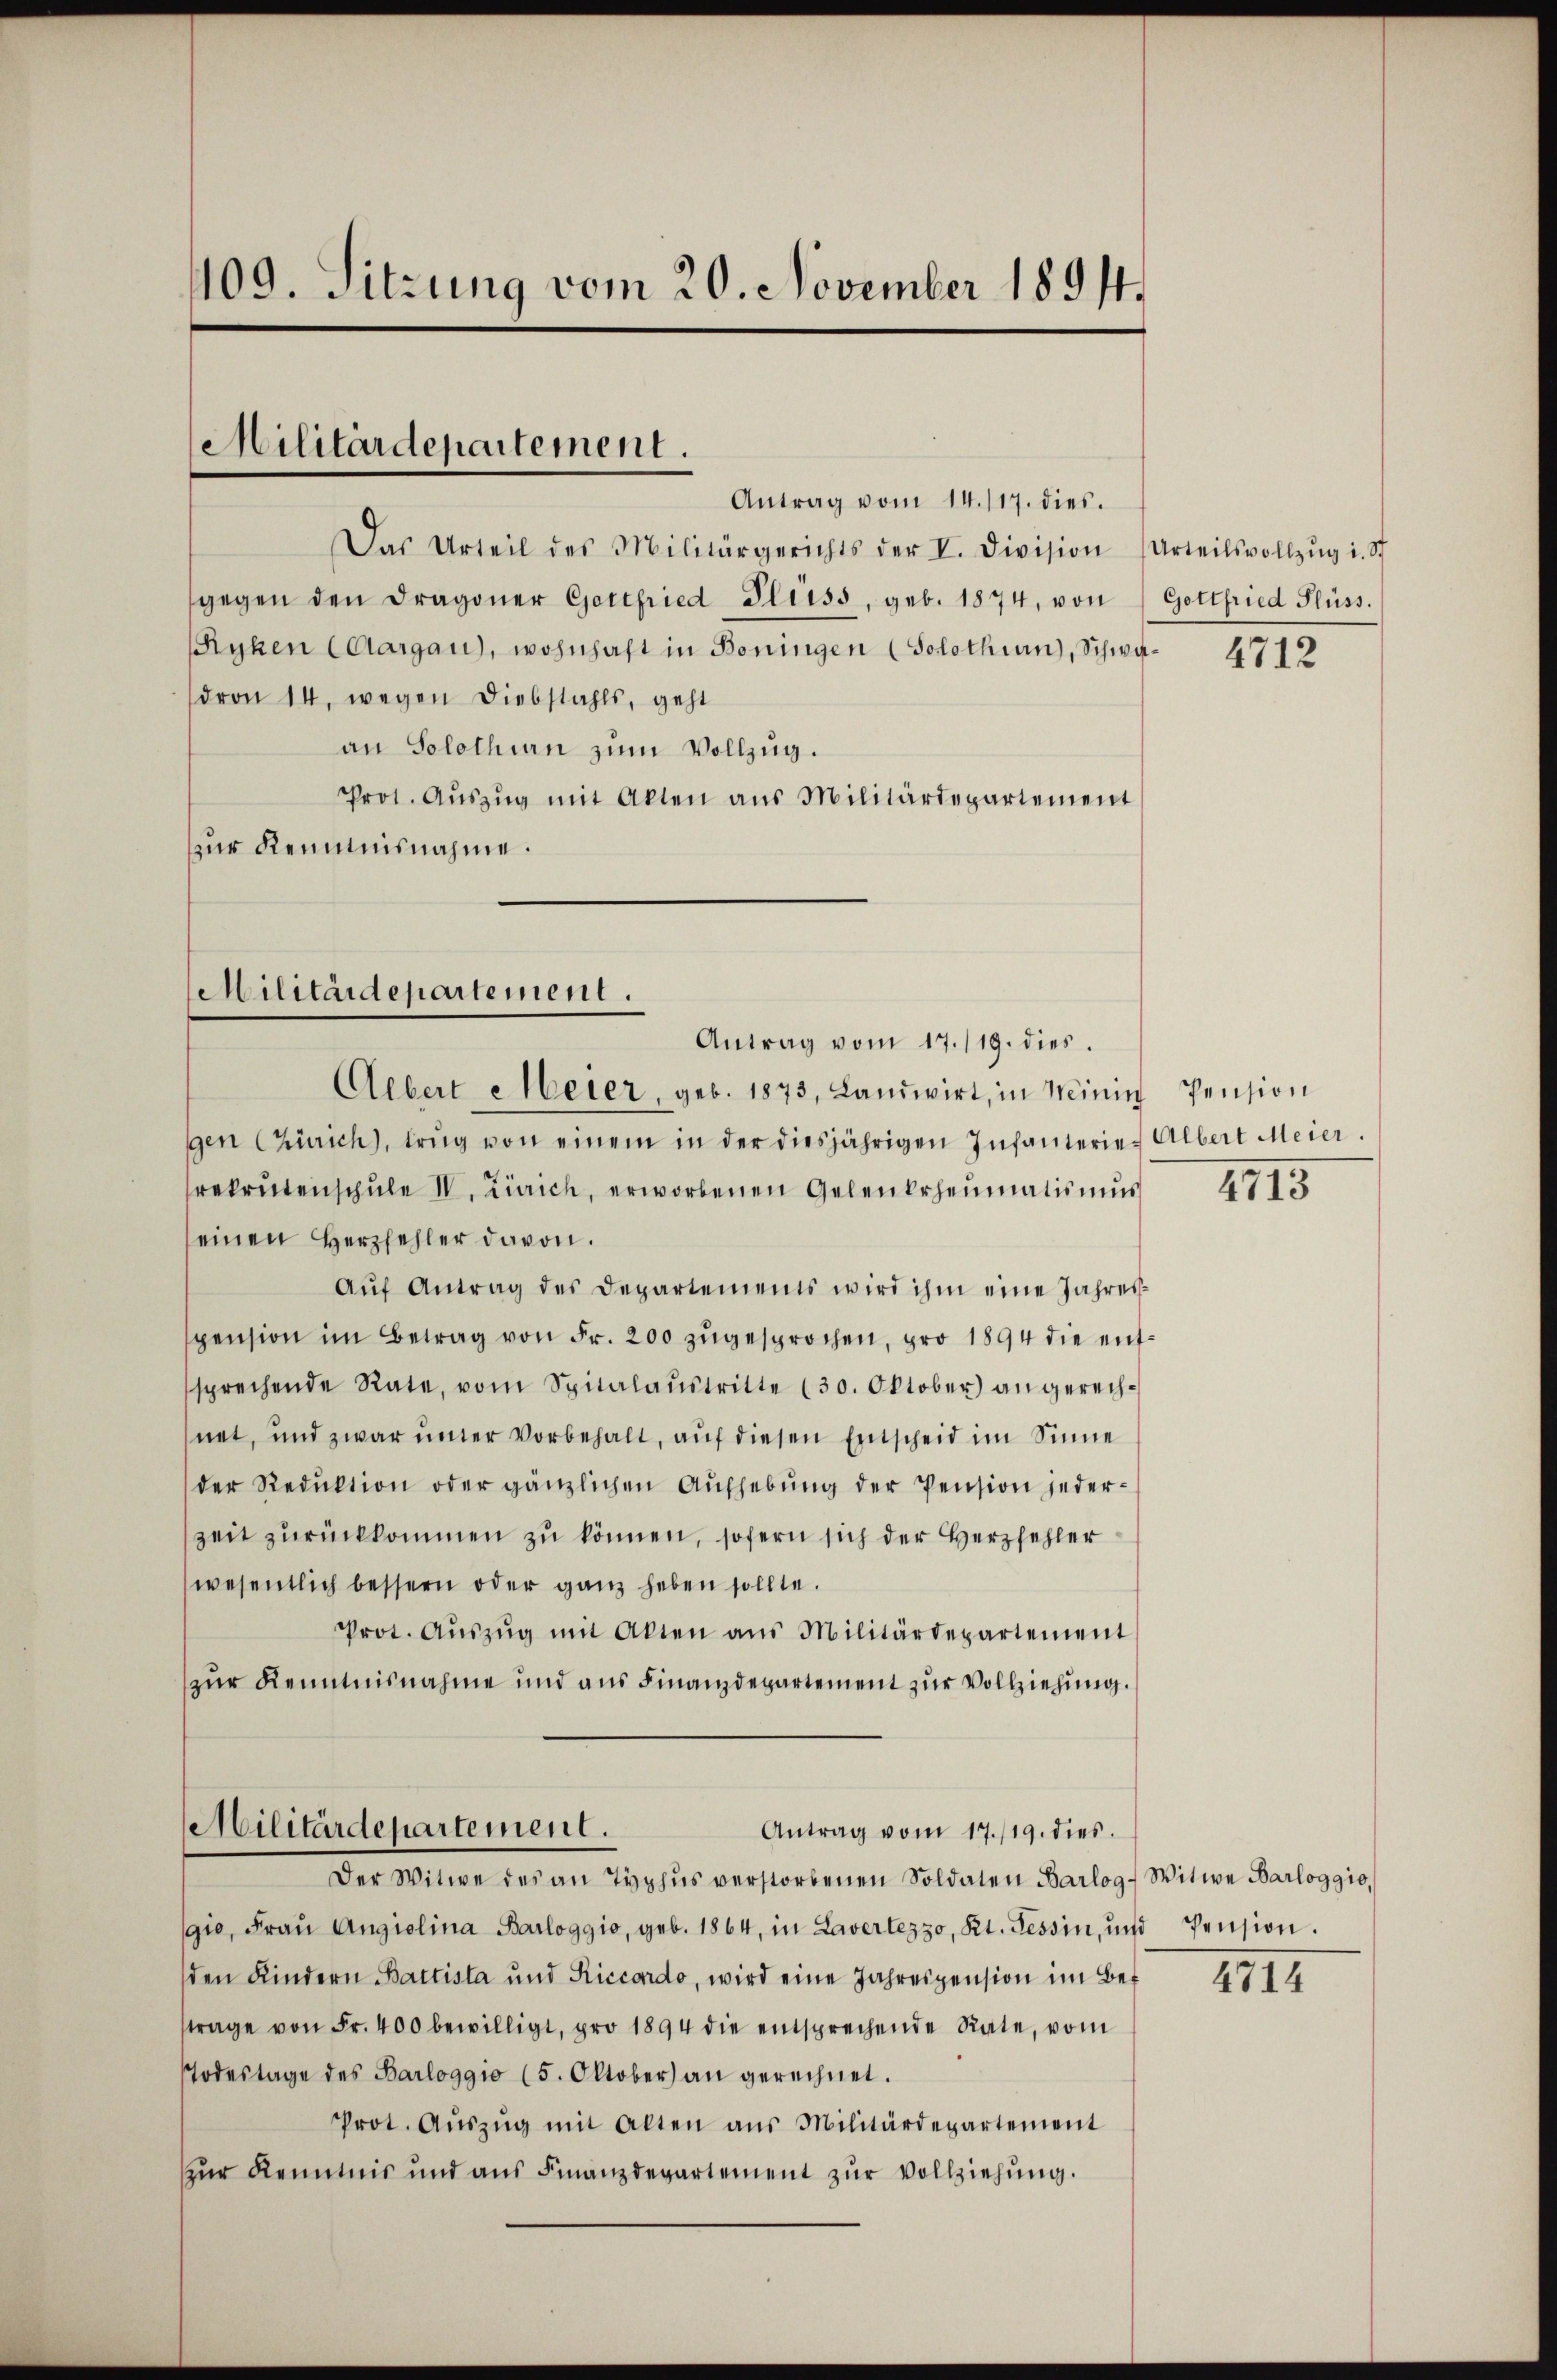
409. Sitzung vom 20. November 1891.

Militärdepartement.

Antrag vom 14. 117. dies.
Das Urteil des Militärgerichts der V. Division (Urteilsvollzŭg i. St
gegen den Dragoner Gottfried Fleiss, geb. 1874, von
Syhen Caargau), wohnhaft in Boningen (Solothurn), Schwadron 14. wegen Diebstahls, geht
an Solothurn zum Vollzug.
Prot. Aŭszŭg mit Akten aus Militärdepartement
zur Kenntnisnahme.

gen Zürich, trug von einem in der diesjährigen Infanterie. Albert Meier.
rekrutenschule IV. Zürich, erworbenen Gelenkrheumatismus
seinen Herzfehler davon.
Aŭf Antrag des Departements wird ihm eine Jahresspension im Betrag von Fr. 200 zugesprochen, pro 1894 die entsprechende Rate, vom Spitalaustritte (30. Oktober) angerechnet, und zwar unter vorbehalt, auf diesen Entscheid im Sinne
der Reduktion oder gänzlichen Aŭfhebŭng der Pension jeder-
zeit zŭrückkommen zu können, sofern sich der Herzfehler
wesentlich bessern oder ganz heben sollte.
Prot. Aŭszŭg mit Akten aus Militärdepartement
zur Kenntnisnahme und aus Finanzdepartement zur Vollziehung.

Militärdepartement.
Antrag vom 17./19. dies
Aebert Meier, geb. 1873, Landwirt, in Minin Pension

Militärdepartement.
Antrag vom 17./19. dies
Der Witwe des an Typhus verstorbenen Soldaten Barlog-Witwe Barloggio,

gio, Fraŭ Angiolina Barloggio, geb. 1864, in Laverlezzo, Kt. Tessin, und Pension.
den Kindern Battista und Riccardo, wird eine Jahrespension im Bef
trage von Fr. 400 bewilligt, pro 1894 die entsprechende Rate, vom
Todestage des Barloggio (5. Oktober an gerechnet.
Prot. Aŭszŭg mit Alten aus Militärdepartement
zur Kenntnis und ans Finanzdepartement zŭr Vollziehŭng.

Gottfried Flüss.

4712

4715

IIII